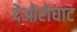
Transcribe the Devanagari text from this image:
देओरीघाट